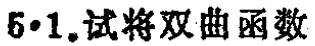
$6\cdot1$.试将双曲函数